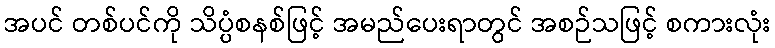
အပင် တစ်ပင်ကို သိပ္ပံစနစ်ဖြင့် အမည်ပေးရာတွင် အစဉ်သဖြင့် စကားလုံး